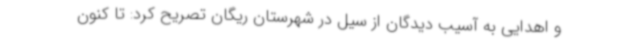
و اهدایی به آسیب دیدگان از سیل در شهرستان ریگان تصریح کرد: تا کنون